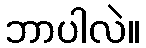
ဘာပါလဲ။